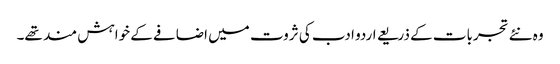
وہ نئے تجربات کے ذریعے اردو ادب کی ثروت میں اضافے کے خواہش مند تھے۔